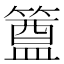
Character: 𮆊